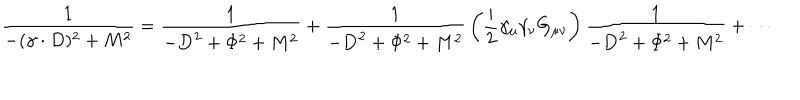
LaTeX: { \frac { 1 } { - ( \gamma \cdot D ) ^ { 2 } + M ^ { 2 } } } = { \frac { 1 } { - { \bf D } ^ { 2 } + \Phi ^ { 2 } + M ^ { 2 } } } + { \frac { 1 } { - { \bf D } ^ { 2 } + \Phi ^ { 2 } + M ^ { 2 } } } \left( { \frac { i } { 2 } } \gamma _ { \mu } \gamma _ { \nu } G _ { \mu \nu } \right) { \frac { 1 } { - { \bf D } ^ { 2 } + \Phi ^ { 2 } + M ^ { 2 } } } + \cdots